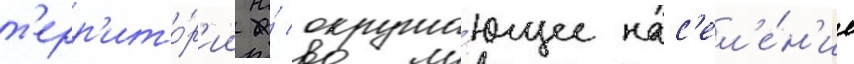
т'ерр'ито́р'ии на́ окружа́ющее нас'ел'е́н'ие